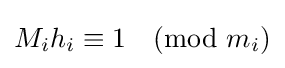
M_{i}h_{i}\equiv 1{\pmod {m_{i}}}